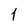
Character: 1